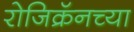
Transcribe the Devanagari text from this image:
रोजिक्रॅनच्या